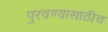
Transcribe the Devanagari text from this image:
पुरवण्यासाठीच